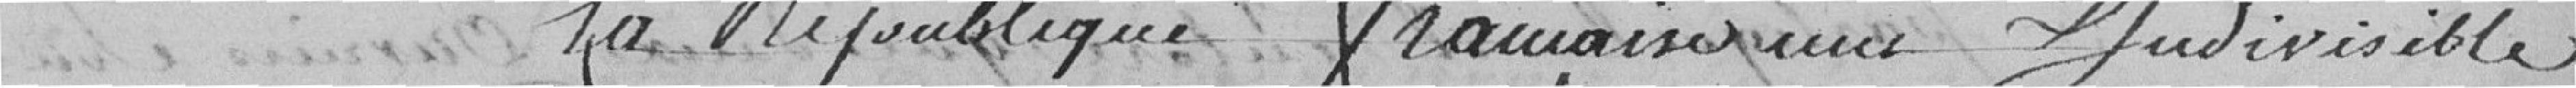
la République française une judivisible